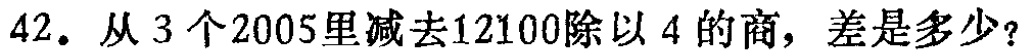
42. 从3个2005里减去12100除以4的商，差是多少？